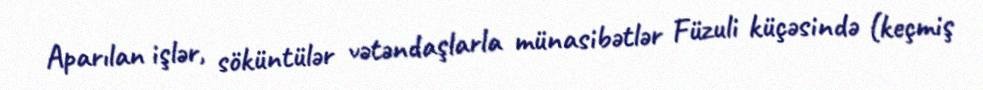
Aparılan işlər, söküntülər vətəndaşlarla münasibətlər Füzuli küçəsində (keçmiş